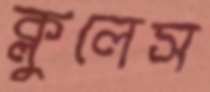
ক্লুলেস